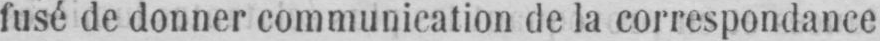
fusé de donner communication de la correspondance